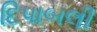
દિપાબલી